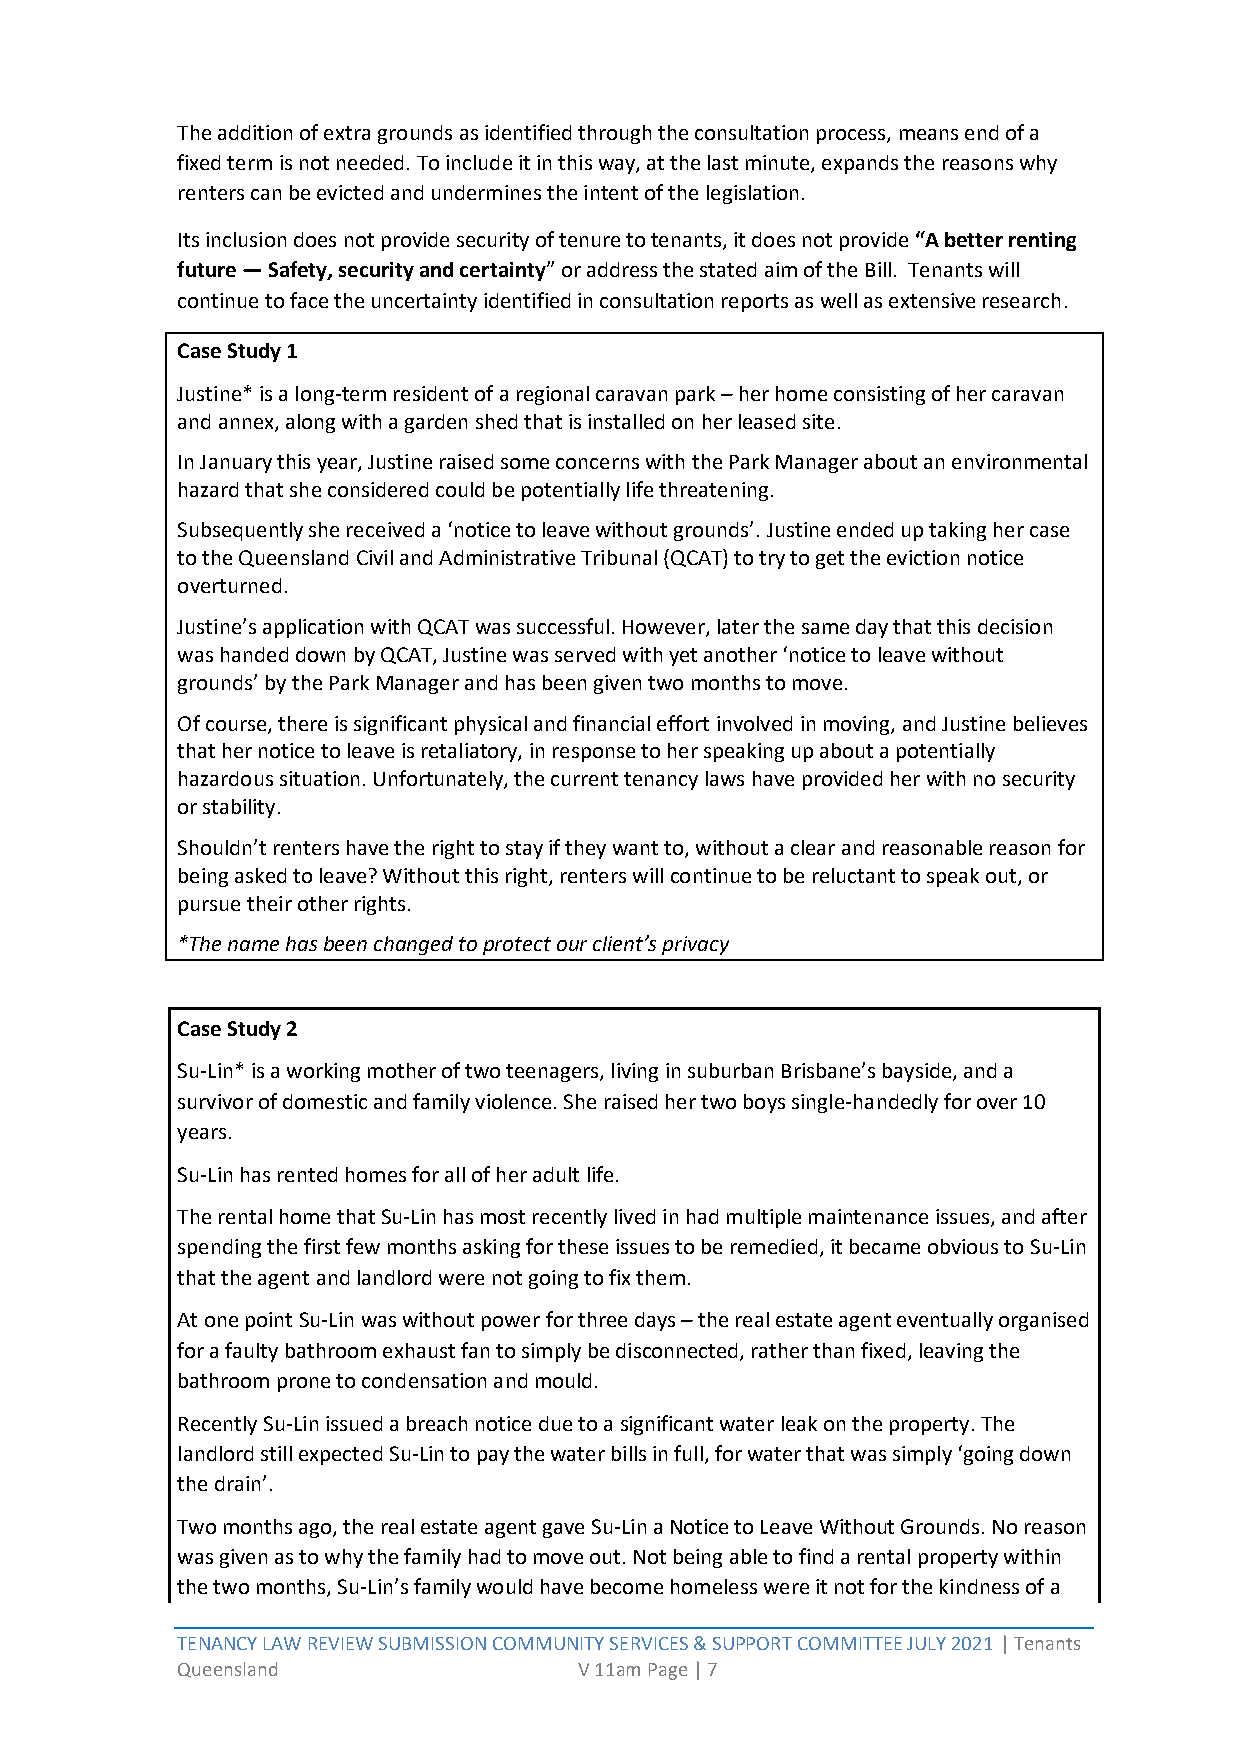
The addition of extra grounds as identified through the consultation process, means end of a
 fixed term is not needed. To include it in this way, at the last minute, expands the reasons why
 renters can be evicted and undermines the intent of the legislation.
 Its inclusion does not provide security of tenure to tenants, it does not provide “A better renting
 future — Safety, security and certainty” or address the stated aim of the Bill. Tenants will
 continue to face the uncertainty identified in consultation reports as well as extensive research.
 Case Study 1
 Justine* is a long-term resident of a regional caravan park – her home consisting of her caravan
 and annex, along with a garden shed that is installed on her leased site.
 In January this year, Justine raised some concerns with the Park Manager about an environmental
 hazard that she considered could be potentially life threatening.
 Subsequently she received a ‘notice to leave without grounds’. Justine ended up taking her case
 to the Queensland Civil and Administrative Tribunal (QCAT) to try to get the eviction notice
 overturned.
 Justine’s application with QCAT was successful. However, later the same day that this decision
 was handed down by QCAT, Justine was served with yet another ‘notice to leave without
 grounds’ by the Park Manager and has been given two months to move.
 Of course, there is significant physical and financial effort involved in moving, and Justine believes
 that her notice to leave is retaliatory, in response to her speaking up about a potentially
 hazardous situation. Unfortunately, the current tenancy laws have provided her with no security
 or stability.
 Shouldn’t renters have the right to stay if they want to, without a clear and reasonable reason for
 being asked to leave? Without this right, renters will continue to be reluctant to speak out, or
 pursue their other rights.
 *The name has been changed to protect our client’s privacy
 Case Study 2
 Su-Lin* is a working mother of two teenagers, living in suburban Brisbane’s bayside, and a
 survivor of domestic and family violence. She raised her two boys single-handedly for over 10
 years.
 Su-Lin has rented homes for all of her adult life.
 The rental home that Su-Lin has most recently lived in had multiple maintenance issues, and after
 spending the first few months asking for these issues to be remedied, it became obvious to Su-Lin
 that the agent and landlord were not going to fix them.
 At one point Su-Lin was without power for three days – the real estate agent eventually organised
 for a faulty bathroom exhaust fan to simply be disconnected, rather than fixed, leaving the
 bathroom prone to condensation and mould.
 Recently Su-Lin issued a breach notice due to a significant water leak on the property. The
 landlord still expected Su-Lin to pay the water bills in full, for water that was simply ‘going down
 the drain’.
 Two months ago, the real estate agent gave Su-Lin a Notice to Leave Without Grounds. No reason
 was given as to why the family had to move out. Not being able to find a rental property within
 the two months, Su-Lin’s family would have become homeless were it not for the kindness of a
 TENANCY LAW REVIEW SUBMISSION COMMUNITY SERVICES & SUPPORT COMMITTEE JULY 2021 | Tenants
 Queensland                V 11am Page | 7